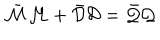
LaTeX: \bar { \cal M } { \cal M } + \bar { \cal D } { \cal D } = \bar { \cal Q } { \cal Q }